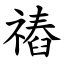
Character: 䄝